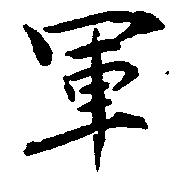
軍